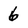
Character: 6